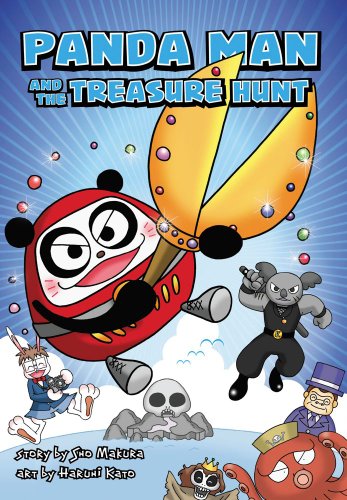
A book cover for Panda Man and the Treasure Hunt (The Adventures of Panda Man); Sho Makura; Humor & Entertainment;